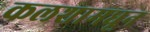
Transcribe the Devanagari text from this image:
कलशामधून